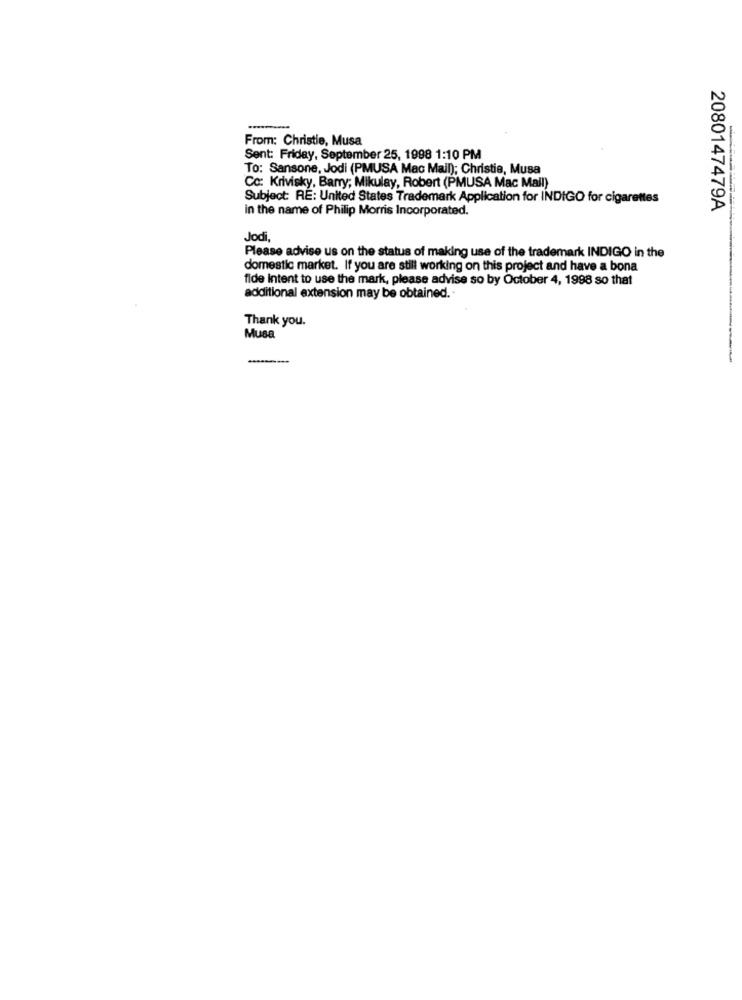
From: Christie, Musa
Sent: Friday, September 25, 1998 1:10 PM
To: Sansone, Jodi (PMUSA Mac Mail); Christie, Musa
Cc: Krivisky, Barry; Mikulay, Robert (PMUSA Mac Mall)
Subject: RE: United States Trademark Application for INDIGO for cigarettes
in the name of Philip Morris Incorporated.
2080147479A
Jodi,
Please advise us on the status of making use of the trademark INDIGO in the
domestic market. If you are still working on this project and have a bona
fide intent to use the mark, please advise so by October 4, 1998 so that
additional extension may be obtained. .
Thank you.
Musa